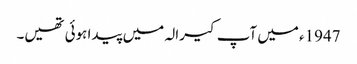
1947ء میں آپ کیرالہ میں پیدا ہوئی تھیں۔